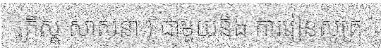
គ្រិស្ត សាសនា ) ជាមួយនឹង ការរៀនសូត្រ